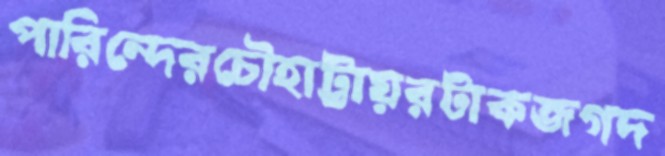
পারিন্দেরচৌহাট্টায়রটাকজগদ